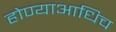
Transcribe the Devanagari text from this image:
होण्याआधिच